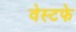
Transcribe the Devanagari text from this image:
वेस्टफे